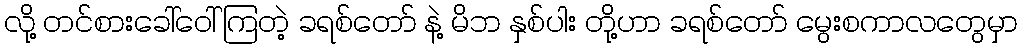
လို့ တင်စားခေါ်ဝေါ်ကြတဲ့ ခရစ်တော် နဲ့ မိဘ နှစ်ပါး တို့ဟာ ခရစ်တော် မွေးစကာလတွေမှာ